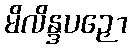
မိလိန္ဒပဉှော